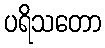
ပရိသတော